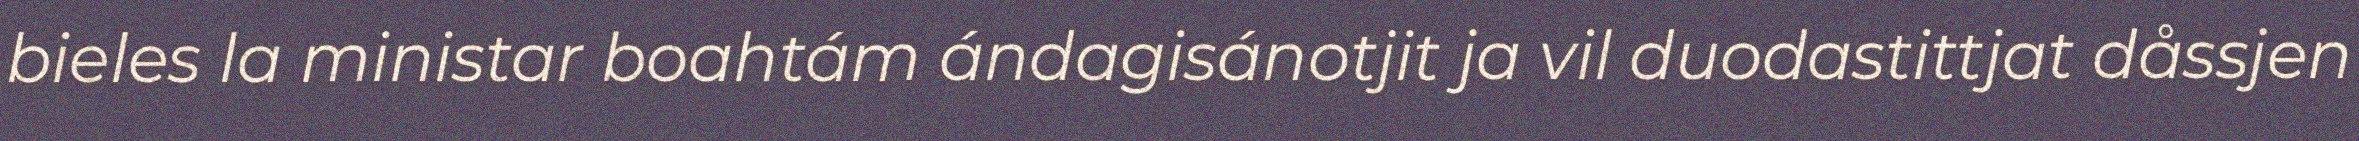
bieles la ministar boahtám ándagisánotjit ja vil duodastittjat dåssjen